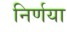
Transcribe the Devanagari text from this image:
निर्णया